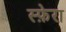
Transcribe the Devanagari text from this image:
स्फ़ेरा